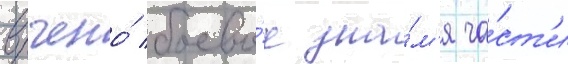
вручено́ боево́е зна́м'я ча́ст'и